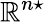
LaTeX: \mathbb{R}^{n\star}